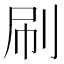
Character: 刷